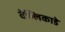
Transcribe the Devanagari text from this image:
वेल्लिकाडे